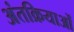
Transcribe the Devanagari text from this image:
अंतक्रियाओं